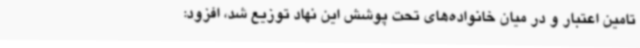
تامین اعتبار و در میان خانواده‌های تحت پوشش این نهاد توزیع شد، افزود: